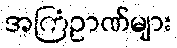
အကြံဥာဏ်များ